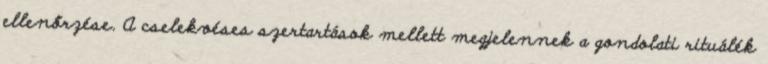
ellenőrzése. A cselekvéses szertartások mellett megjelennek a gondolati rituálék